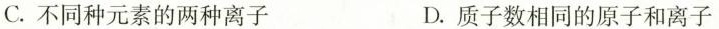
C.不同种元素的两种离子 D.质子数相同的原子和离子